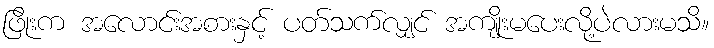
ဖြိုးက အလောင်းအစားနှင့် ပတ်သက်လျှင် အကျိုးမပေးလို့ပဲလားမသိ။